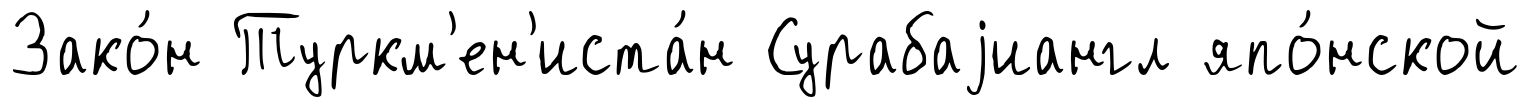
Зако́н Туркм'ен'иста́н Сурабаjиангл япо́нской